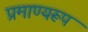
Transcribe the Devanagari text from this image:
प्रमाण्यरूप